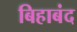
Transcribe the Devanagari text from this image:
बिहाबंद